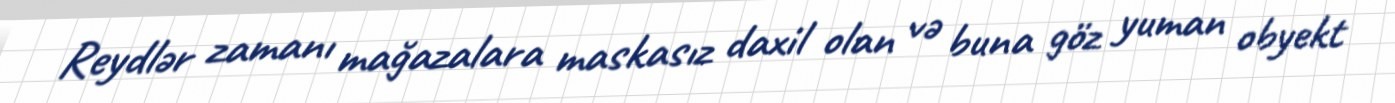
Reydlər zamanı mağazalara maskasız daxil olan və buna göz yuman obyekt